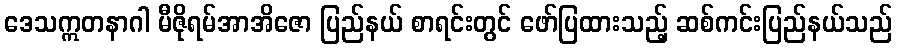
ဒေသဣတနာဂါ မီဇိုရမ်အာအိဇော ပြည်နယ် စာရင်းတွင် ဖော်ပြထားသည့် ဆစ်ကင်းပြည်နယ်သည်